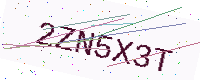
Text: 2ZN5X3T